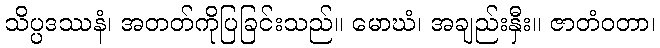
သိပ္ပဒဿနံ၊ အတတ်ကိုပြခြင်းသည်။ မောဃံ၊ အချည်းနှီး။ ဇာတံဝတာ၊